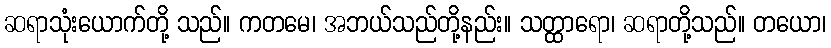
ဆရာသုံးယောက်တို့ သည်။ ကတမေ၊ အဘယ်သည်တို့နည်း။ သတ္ထာရော၊ ဆရာတို့သည်။ တယော၊